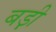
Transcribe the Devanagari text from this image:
बड़़ी